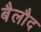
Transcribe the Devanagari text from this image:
बैलौद